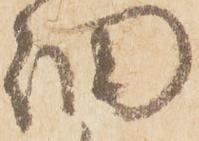
細